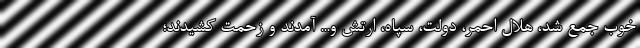
خوب جمع شد، هلال احمر، دولت، سپاه، ارتش و... آمدند و زحمت کشیدند؛